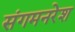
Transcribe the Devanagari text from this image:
संगमनरेश